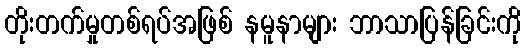
တိုးတက်မှုတစ်ရပ်အဖြစ် နမူနာများ ဘာသာပြန်ခြင်းကို